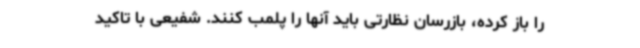
را باز کرده، بازرسان نظارتی باید آنها را پلمب کنند. شفیعی با تاکید